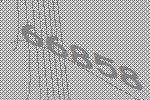
66858